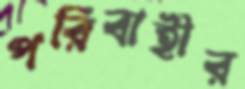
পরিবাহীর